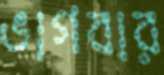
ভাগবার